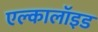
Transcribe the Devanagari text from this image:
एल्कालॉइड